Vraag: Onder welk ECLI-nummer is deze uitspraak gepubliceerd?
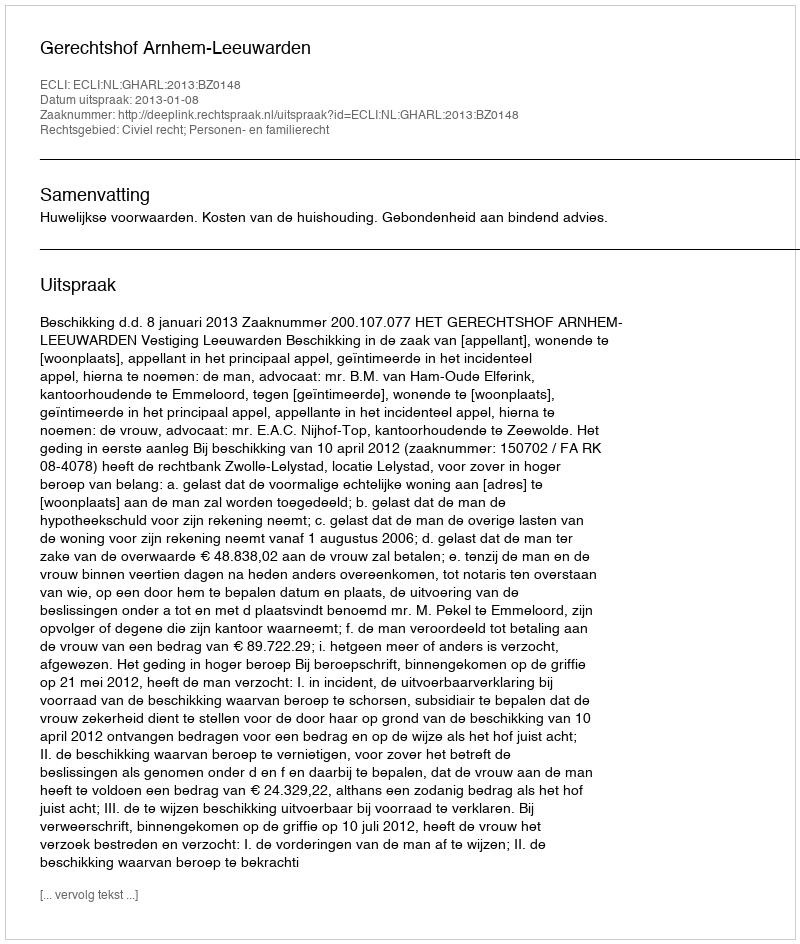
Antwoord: ECLI:NL:GHARL:2013:BZ0148